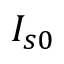
I _ { s 0 }